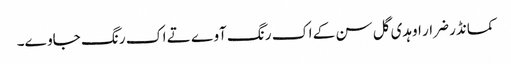
کمانڈر ضرار اوہدی گل سن کے اک رنگ آوے تے اک رنگ جاوے۔